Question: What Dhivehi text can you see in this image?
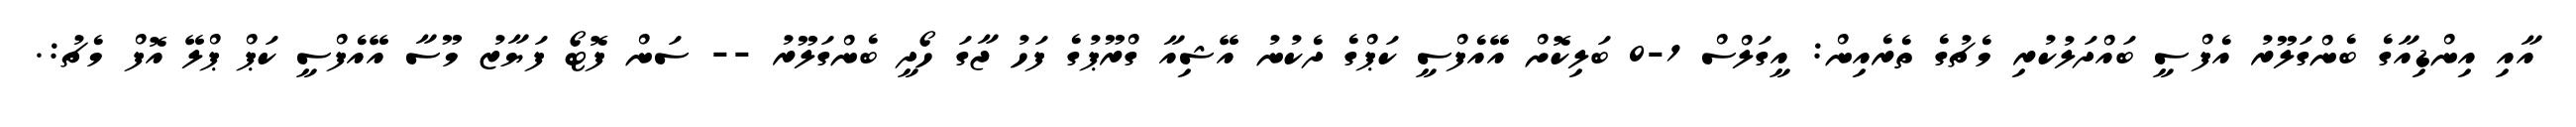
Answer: އާއި އިންޑިއާގެ ބެންގަލޫރު އެފްސީ ބައްދަލުކުރި މެޗުގެ ތެރެއިން: އީގަލްސް 1-0 ބަލިކޮށް އޭއެފްސީ ކަޕްގެ ދެކުނު އޭޝިއާ ގްރޫޕުގެ ފަހު ޖާގަ ހޯދީ ބެންގަލޫރު -- ސަން ފޮޓޯ ފަޔާޒު މޫސާ އޭއެފްސީ ކަޕް ޕްލޭ އޮފް މެޗު:.